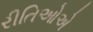
રીતિઓએ